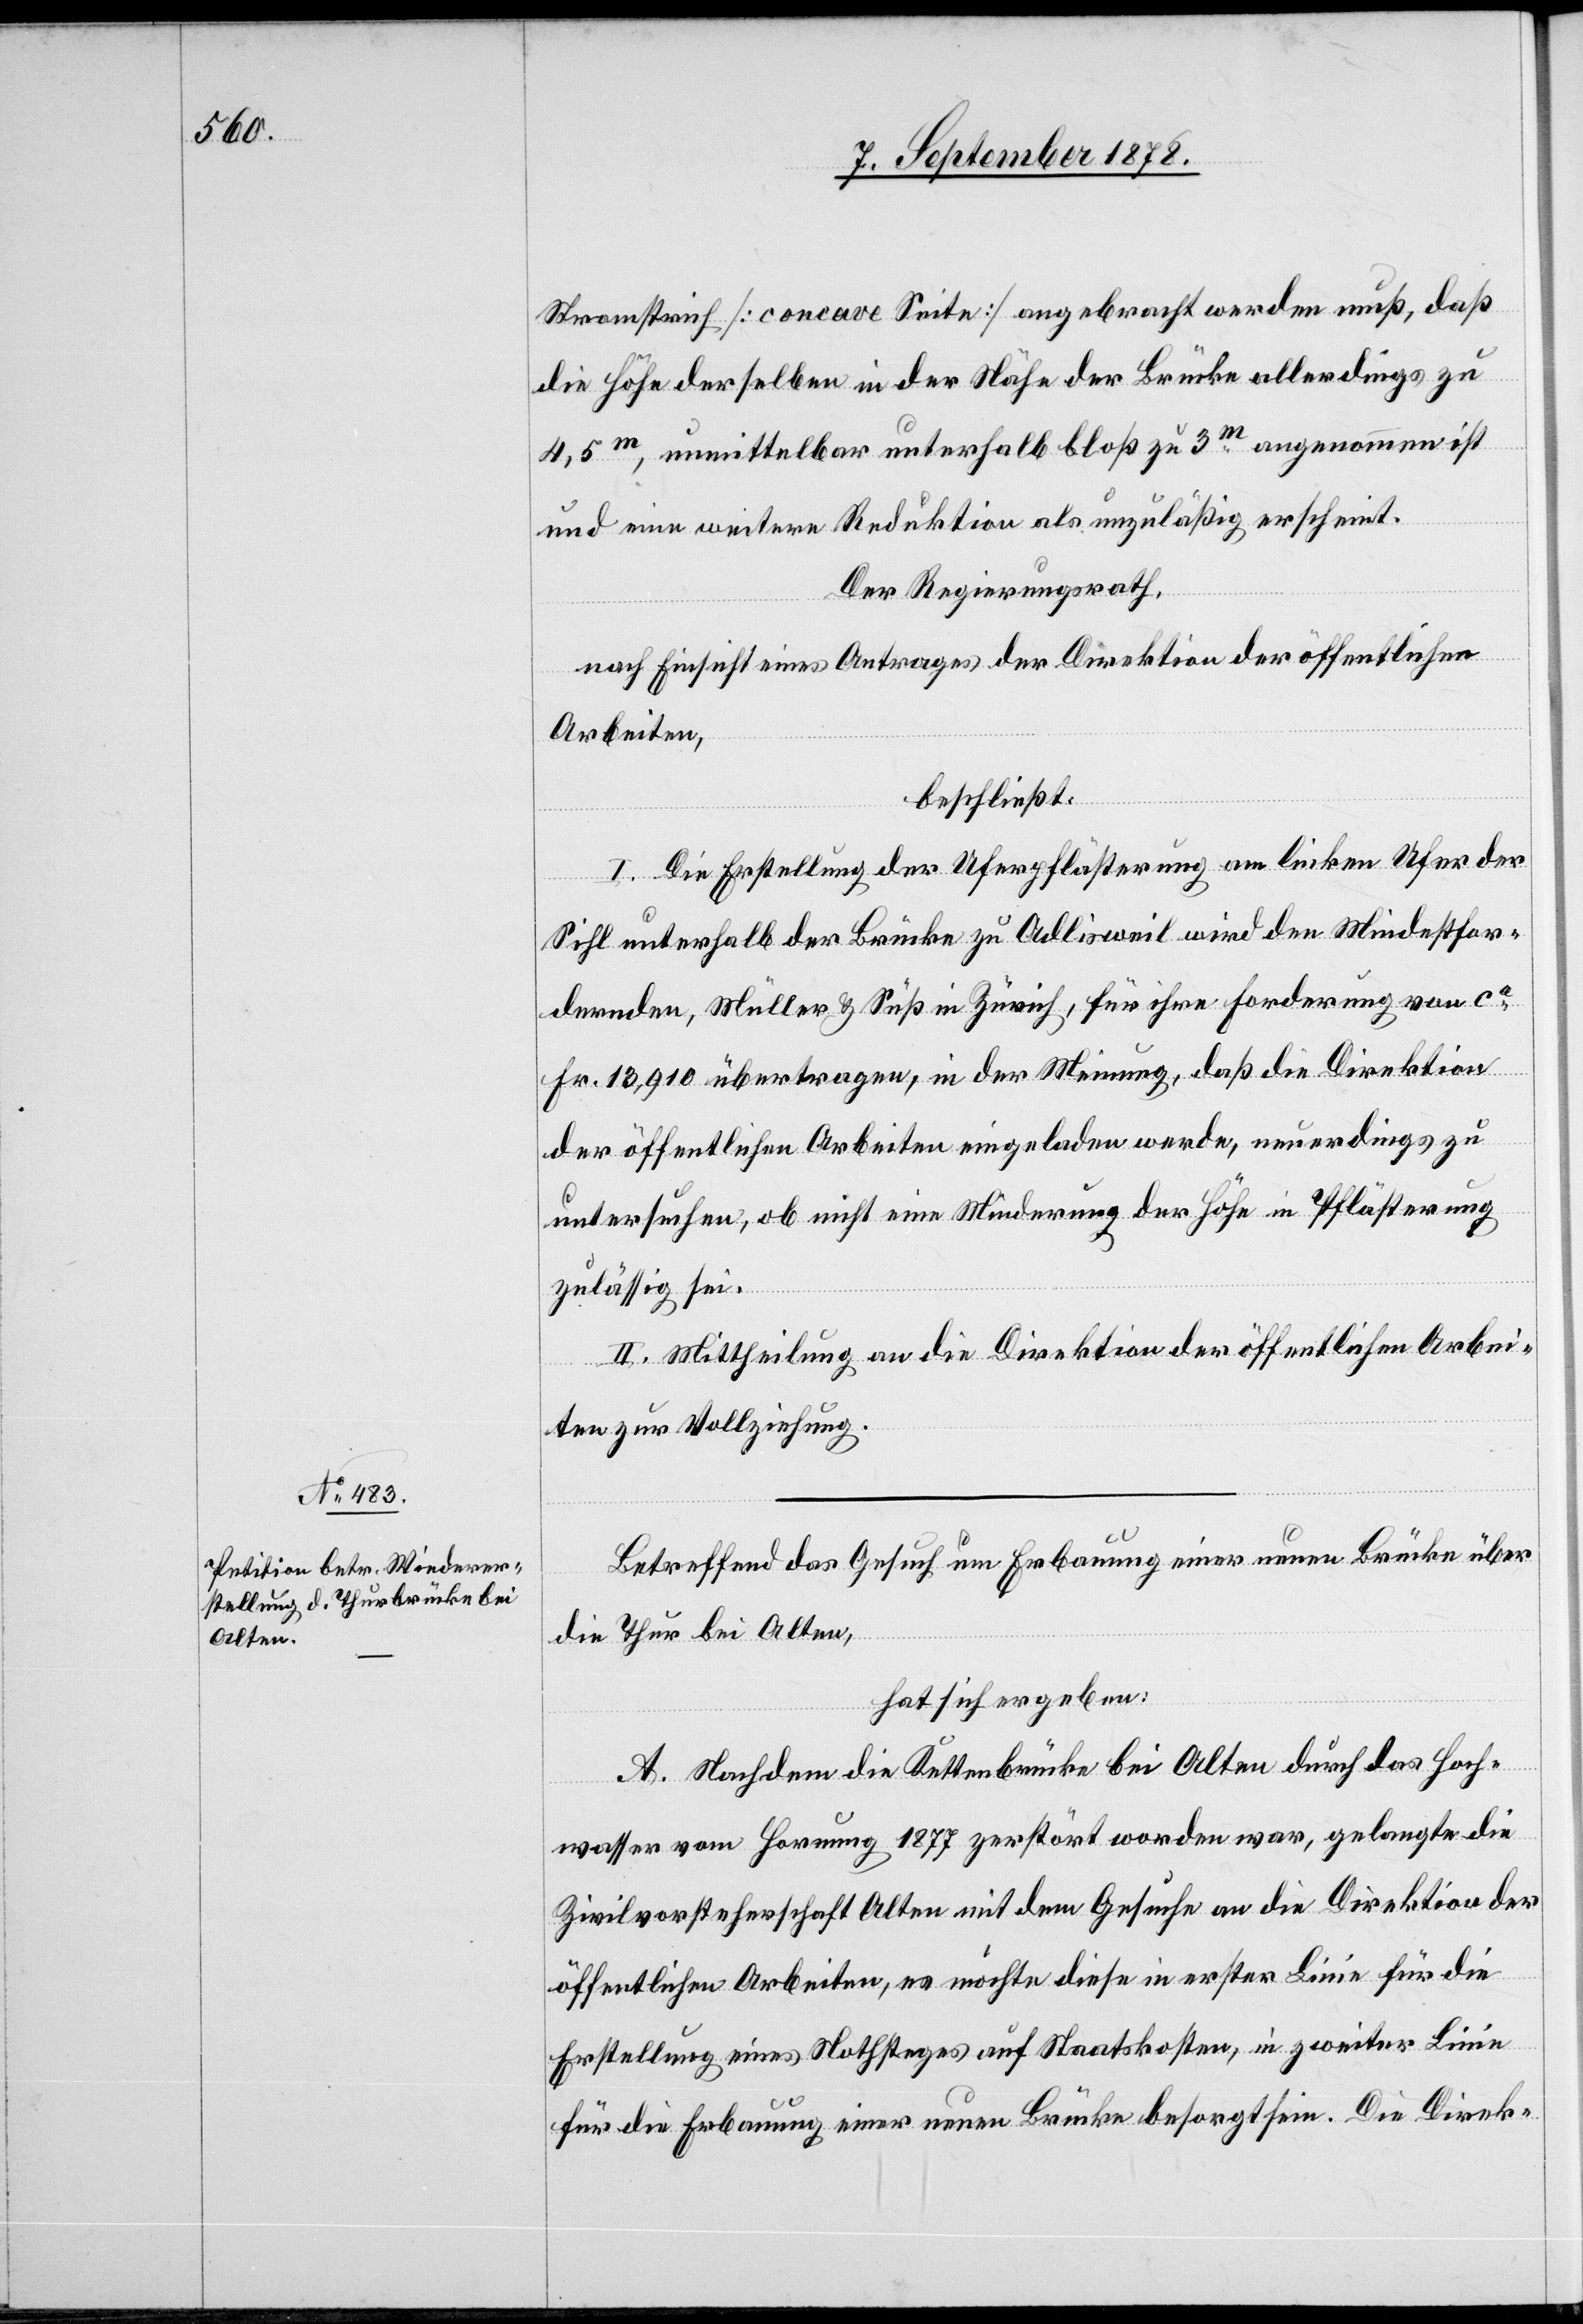
Stromstrich [concave Seite] angebracht werden muß, daß
die Höhe derselben in der Nähe der Brücke allerdings zu
4,5m, unmittelbar unterhalb bloß zu 3m angenommen ist
und eine weitere Reduktion als unzuläßig erscheint.
Der Regierungsrath,
nach Einsicht eines Antrages der Direktion der öffentlichen
Arbeiten,
beschließt:
I. Die Erstellung der Uferpflästerung am linken Ufer der
Sihl unterhalb der Brücke zu Adlisweil wird den Mindesfor¬
dernden, Müller & Süß in Zürich, für ihre Forderung von c¬
a 13,910 übertragen, in der Meinung, daß die Direktion
der öffentlichen Arbeiten eingeladen werde, neuerdings zu
untersuchen, ob nicht eine Minderung der Höhe in Pflästerung
zulässig sei.
II. Mittheilung an die Direktion der öffentlichen Arbei¬
ten zur Vollziehung.
Betreffend das Gesuch um Erbauung einer neuen Brücke über
die Thur bei Alten,
hat sich ergeben:
A. Nachdem die Kettenbrücke bei Alten durch das Hoch¬
wasser vom Hornung 1877 zerstört worden war, gelangte die
Zivilvorsteherschaft Alten mit dem Gesuche an die Direktion der
öffentlichen Arbeiten, es möchte diese in erster Linie für die
Erstellung eines Nothsteges auf Staatskosten, in zweiter Linie
für die Erbauung einer neuen Brücke besorgt sein. Die Direk-